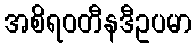
အစိရဝတီနဒီဥပမာ